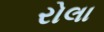
રોલા